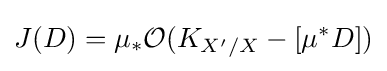
J(D)=\mu _{*}{\mathcal {O}}(K_{X'/X}-[\mu ^{*}D])